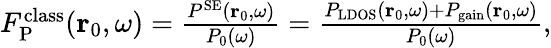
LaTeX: \begin{array}{r}{F_{\mathrm{P}}^{\mathrm{class}}(\mathbf{r}_{0},\omega)=\frac{P^{\mathrm{SE}}({\mathbf r}_{0},\omega)}{P_{0}(\omega)}=\frac{P_{\mathrm{LDOS}}(\mathbf{r}_{0},\omega)+P_{\mathrm{gain}}(\mathbf{r}_{0},\omega)}{P_{0}({\omega})},}\end{array}